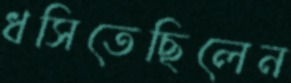
ধসিতেছিলেন